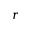
\boldsymbol { r }